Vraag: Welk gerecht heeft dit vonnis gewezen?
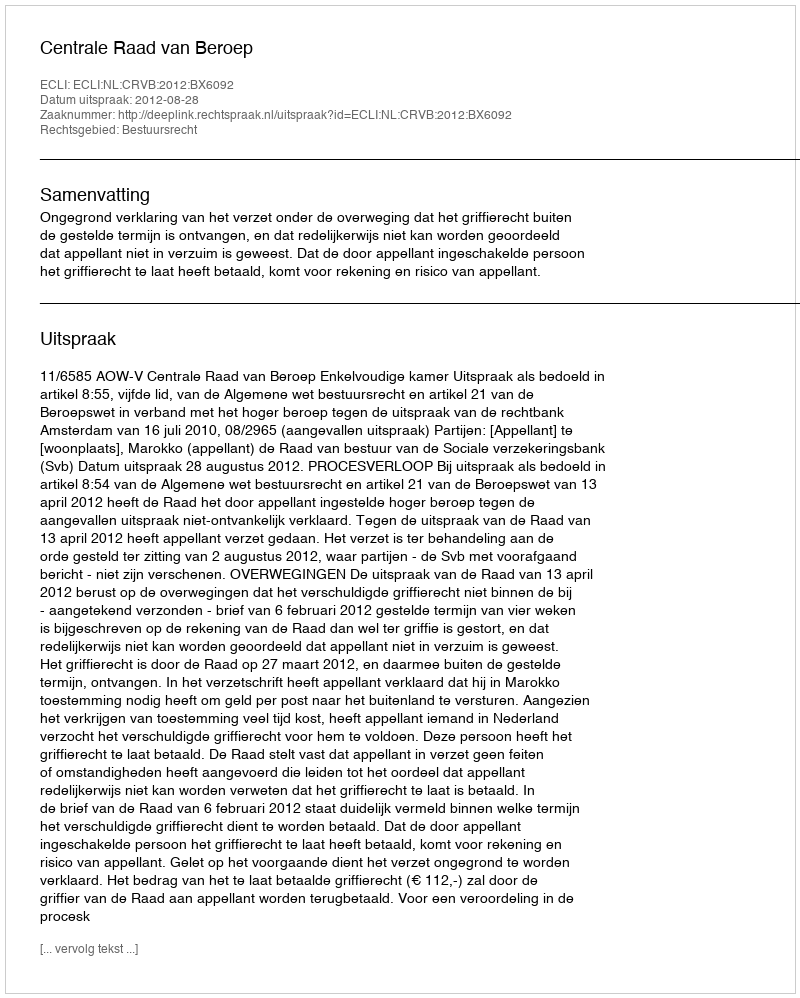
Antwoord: Centrale Raad van Beroep